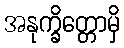
အနုက္ခိတ္တောမှိ